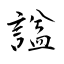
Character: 諡